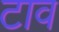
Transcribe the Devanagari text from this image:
टाव